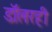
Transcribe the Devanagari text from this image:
डॉलरही